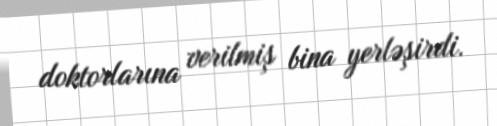
doktorlarına verilmiş bina yerləşirdi.